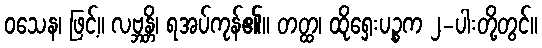
ဝသေန၊ ဖြင့်။ လဗ္ဘန္တိ၊ ရအပ်ကုန်၏။ တတ္ထ၊ ထိုရှေးပဉ္စက ၂-ပါးတို့တွင်။